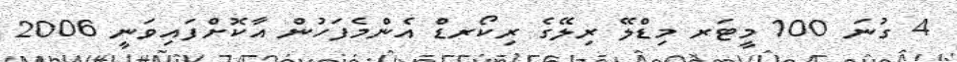
4 ގުނަ 100 މީޓަރ މިޑްލޭ ރިލޭގެ ރިކޯރޑް އެންމެފަހުން އާކޮށްފައިވަނީ 2006